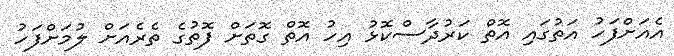
އެއަށްފަހު އަތުގައި އޮތް ކަރުދާސްކޮޅު އިހު އޮތް ގޮތަށް ފޮތުގެ ތެރެއަށް ލުމަށްފަހު